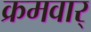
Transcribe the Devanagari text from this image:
क्रमवार्